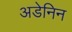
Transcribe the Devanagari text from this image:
अडेनिन